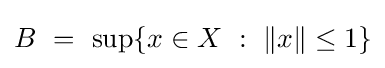
B~=~\sup\{x\in X~:~\|x\|\leq 1\}